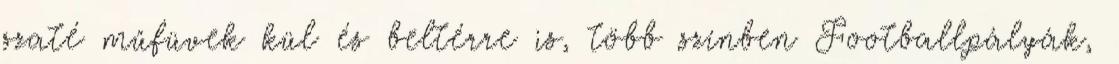
szaté műfüvek kül és beltérre is, több színben Footballpályák,